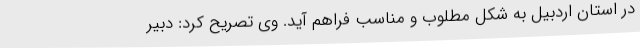
در استان اردبیل به شکل مطلوب و مناسب فراهم آید. وی تصریح کرد: دبیر